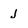
Character: j